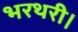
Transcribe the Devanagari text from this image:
भरथरी।